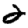
Digit: 2